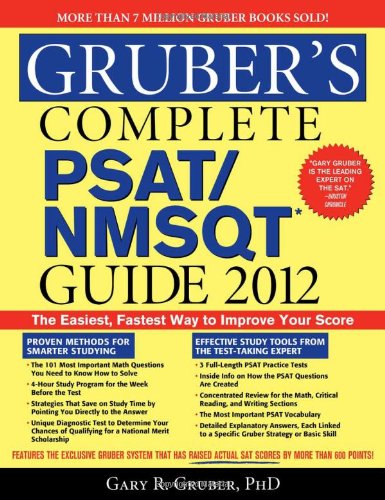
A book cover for Gruber's Complete PSAT/NMSQT Guide 2012; Gary Gruber; Test Preparation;